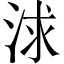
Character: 浗